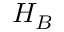
H _ { B }